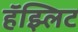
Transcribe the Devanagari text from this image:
हॅझ्लिट